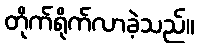
တိုက်ရိုက်လာခဲ့သည်။